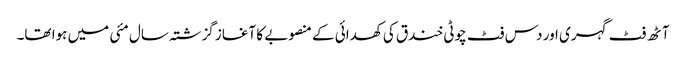
آٹھ فٹ گہری اور دس فٹ چوٹی خندق کی کھدائی کے منصوبے کا آغاز گزشتہ سال مئی میں ہوا تھا۔